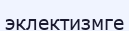
эклектизмге